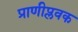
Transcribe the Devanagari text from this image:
प्राणीप्लवक